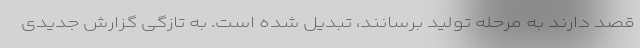
قصد دارند به مرحله تولید برسانند، تبدیل شده است. به تازگی گزارش جدیدی